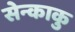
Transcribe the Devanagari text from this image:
सेन्काकु